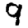
Digit: 9